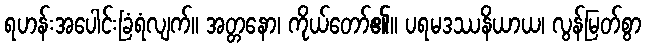
ရဟန်းအပေါင်းခြံရံလျက်။ အတ္တနော၊ ကိုယ်တော်၏။ ပရမဒဿနိယာယ၊ လွန်မြတ်စွာ